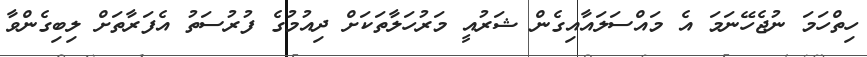
ހިތްހަމަ ނުޖެހޭނަމަ އެ މައްސަލައާއިގެން ޝަރުއީ މަރުހަލާތަކަށް ދިއުމުގެ ފުރުސަތު އެފަރާތަށް ލިބިގެންވާ